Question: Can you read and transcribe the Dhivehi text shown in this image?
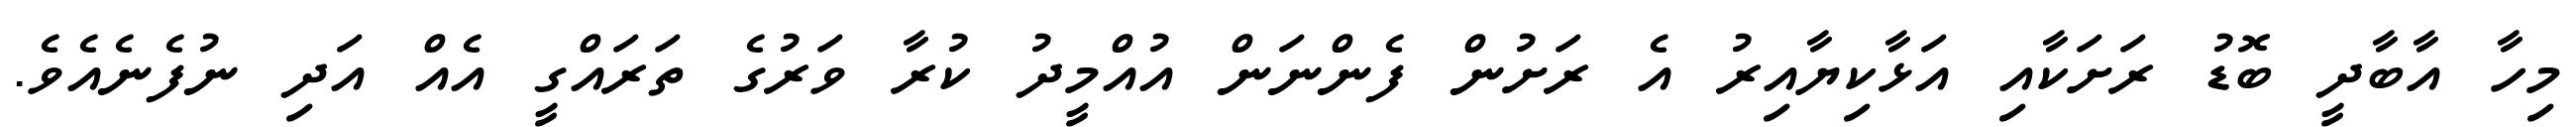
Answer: މިހާ އާބާދީ ބޮޑު ރަށަކާއި އަޅާކިޔާއިރު އެ ރަށުން ފެންނަން އުއްމީދު ކުރާ ވަރުގެ ތަރައްގީ އެއް އަދި ނުފެނެއެވެ.